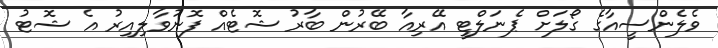
ވެލެންސީއާގެ ގޯލަށް ޕެނަލްޓީ އޭރިއާ ބޭރުން ބާރު ޝޮޓެއް ފޮނުވާލިއިރު އެ ޝޮޓު